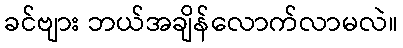
ခင်ဗျား ဘယ်အချိန်လောက်လာမလဲ။